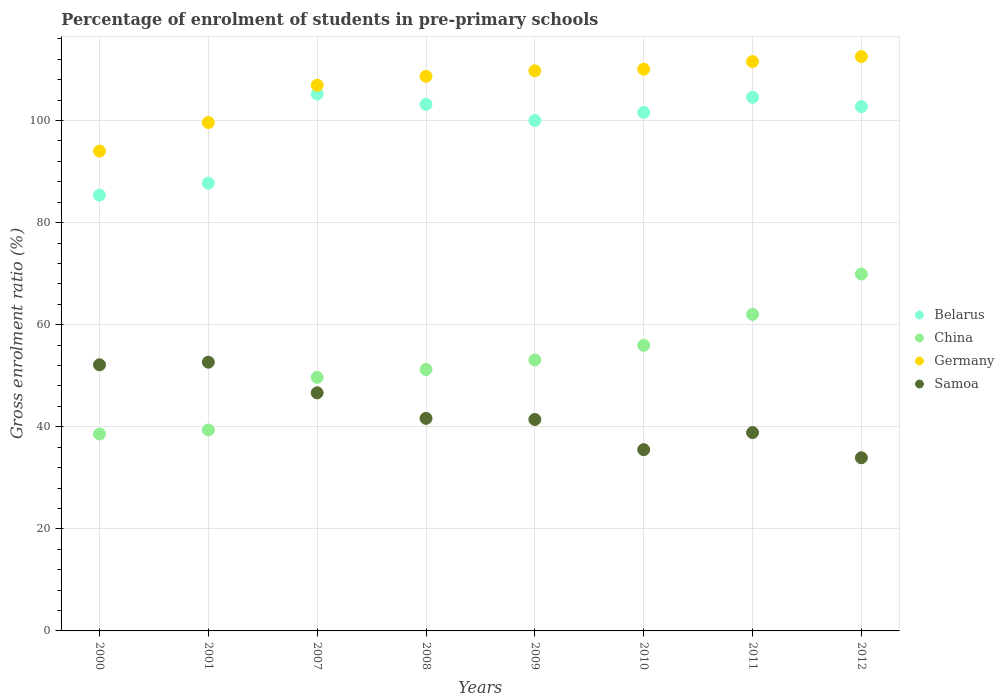
| Years | Belarus | China | Germany | Samoa |
 | --- | --- | --- | --- | --- |
 | 2000 | 85.4 | 38.6 | 94 | 52.1 |
 | 2001 | 87.7 | 39.4 | 99.6 | 52.6 |
 | 2007 | 105 | 49.7 | 107 | 46.6 |
 | 2008 | 103 | 51.2 | 109 | 41.6 |
 | 2009 | 100 | 53.1 | 110 | 41.4 |
 | 2010 | 102 | 56 | 110 | 35.5 |
 | 2011 | 105 | 62 | 112 | 38.9 |
 | 2012 | 103 | 69.9 | 113 | 33.9 |